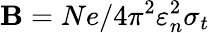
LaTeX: \mathbf{B}=Ne/4\pi^{2}\varepsilon_{n}^{2}\sigma_{t}